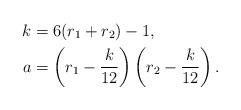
LaTeX: \begin{align*} k &= 6(r_1 + r_2) - 1,\\ a & = \left(r_1 - \frac k{12}\right)\left(r_2 - \frac k{12}\right).\end{align*}